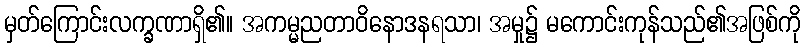
မှတ်ကြောင်းလက္ခဏာရှိ၏။ အကမ္မညတာဝိနောဒနရသာ၊ အမှု၌ မကောင်းကုန်သည်၏အဖြစ်ကို